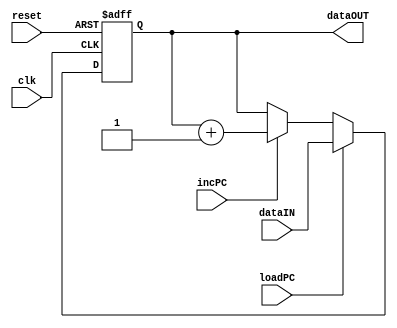
//author - Chathura Jayasankha Gamage

module regPC
#(parameter addrWidth=12)
(
input clk,
input reset,
input loadPC,
input incPC,
input [addrWidth-1:0] dataIN,
output reg [addrWidth-1:0] dataOUT = 0
);

always@(negedge clk or posedge reset)
begin
if (reset)
	dataOUT<=0;
else if(loadPC)
	dataOUT<=dataIN;
else if(incPC)
	dataOUT<=dataOUT+1;

end

endmodule